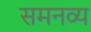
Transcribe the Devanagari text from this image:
समनव्य